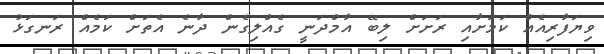
ވިޔަފާރިއެއް ކަމަށާއި ރަށަށް ލިބޭ އާމްދަނީ ގެއްލިގެން ދާނެ އެތަށް ކަމެއް ރަނގަޅު